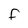
Character: F